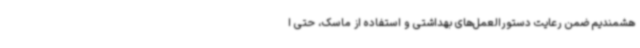
هشمندیم ضمن رعایت دستورالعمل‌های بهداشتی و استفاده از ماسک، حتی ا